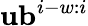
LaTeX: \mathbf{u}\mathbf{b}^{i-w:i}